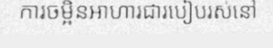
ការចម្អិនអាហារជារបៀបរស់នៅ